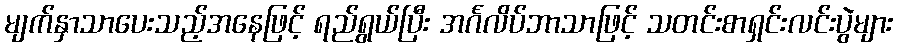
မျက်နှာသာပေးသည့်အနေဖြင့် ရည်ရွယ်ပြီး အင်္ဂလိပ်ဘာသာဖြင့် သတင်းစာရှင်းလင်းပွဲများ